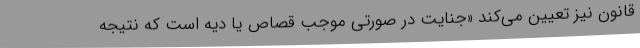
قانون نیز تعیین می‌کند «جنایت در صورتی موجب قصاص یا دیه است که نتیجه